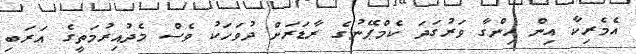
އެމެރިކާ އިން ހިންގާ ވަރުގަދަ ކެމްޕޭނުގެ ރާޑަރަށް ދުވަހަކު ވެސް މެދުއިރުމަތީގެ އަރަބި